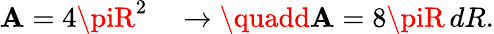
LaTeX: \mathbf{A}=4\piR^{2}\quad\rightarrow\quadd\mathbf{A}=8\piR\, dR.